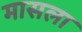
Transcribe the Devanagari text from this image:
मासला